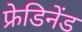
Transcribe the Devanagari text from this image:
फ्रेडिनेंड